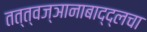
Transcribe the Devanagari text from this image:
तत्त्वज्ञानाबाद्द्लचा